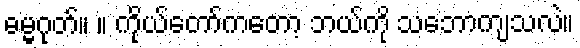
ဓမ္မဂုတ်။ ။ ကိုယ်တော်ကတော့ ဘယ်ကို သဘောကျသလဲ။